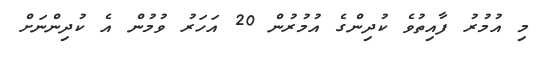
މި އުމުރު ފާއިތުވެ ކުދިންގެ އުމުރުން 20 އަހަރު ވުމުން އެ ކުދިންނަށް